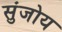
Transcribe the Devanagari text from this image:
सुंजोय